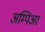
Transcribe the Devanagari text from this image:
अम्पिअर